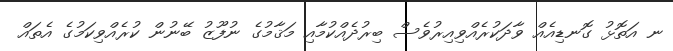
ނ އަތޮޅު ގޮނޑިއެއް ވާދަކުރެއްވިއިރުވެސް ބިރުދެއްކުމާއި މަޤާމުގެ ނުފޫޒު ބޭނުން ކުރެއްވިކަމުގެ އެތައް